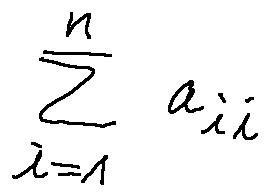
\sum \limits _ { i = 1 } ^ { n } a _ { i i }